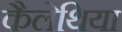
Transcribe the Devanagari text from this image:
कैलेथिया